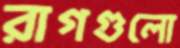
রাগগুলো